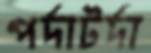
পর্দাটর্দা